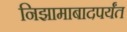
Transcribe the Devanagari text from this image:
निझामाबादपर्यंत